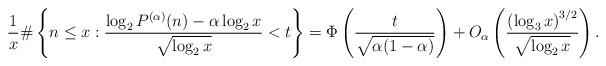
LaTeX: \begin{align*}\frac 1x \#\left\{n \le x: \frac {\log_2 P^{(\alpha)}(n)-\alpha\log_2 x}{\sqrt{\log_2 x}} < t\right\} = \Phi\left(\frac{t}{\sqrt{\alpha(1-\alpha)}}\right) + O_\alpha\left(\frac{\left(\log_3 x\right)^{3/2}}{\sqrt{\log_2 x}}\right).\end{align*}